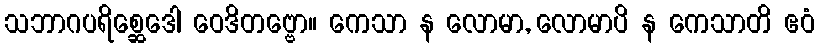
သဘာဂပရိစ္ဆေဒေါ ဝေဒိတဗ္ဗော။ ကေသာ န လောမာ, လောမာပိ န ကေသာတိ ဧဝံ